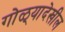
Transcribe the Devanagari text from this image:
गोळ्यादेखील